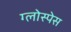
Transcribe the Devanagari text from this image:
ग्लोस्पेस